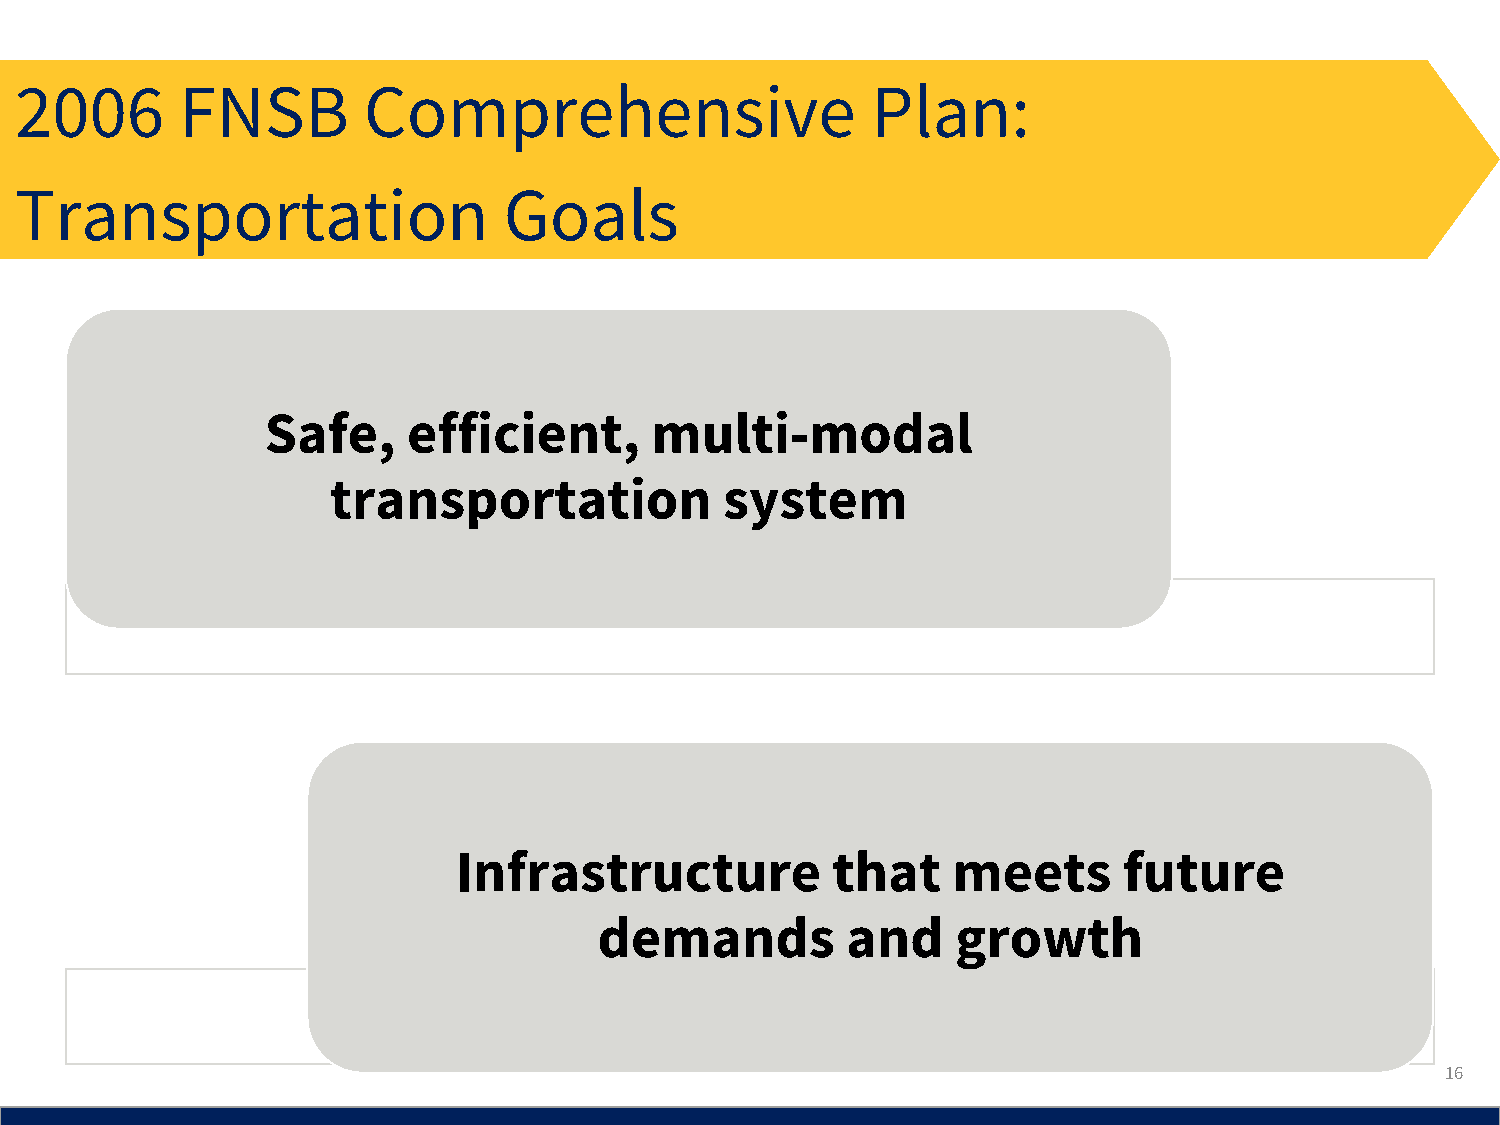
2006       FNSB        Comprehensive                     Plan:
 Transportation                  Goals
 Safe,    efficient,      multi-modal
 transportation            system
 Infrastructure           that    meets      future
 demands         and    growth
 16